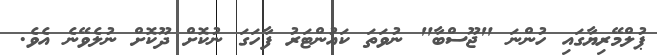
ޕުލްމޭރިޔާގައި ހުންނަ "ޖޫސްބާ" ނުވަތަ ކައުންޓަރު ފާހަގަ ނުކޮށް ދޫކޮށް ނުލެވޭނެ އެވެ.